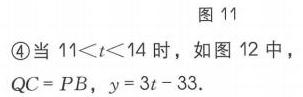
图 11
\textcircled{4}当 \(11<t<14\) 时，如图 12 中，
\(QC = PB\)，\(y = 3t - 33\).